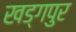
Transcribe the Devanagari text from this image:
खड्‍गपुर